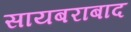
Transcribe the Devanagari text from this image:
सायबराबाद